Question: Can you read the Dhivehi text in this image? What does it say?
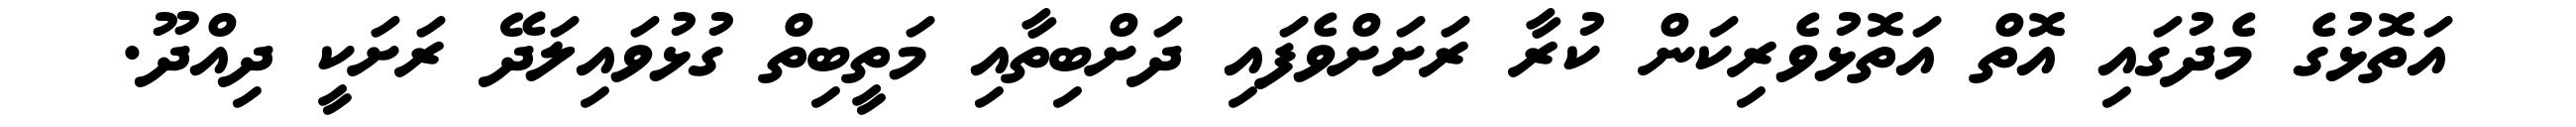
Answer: އަތޮޅުގެ މެދުގައި އޮތް އަތޮޅުވެރިކަން ކުރާ ރަށަށްވެފައި ދަށްބިތާއި މަތީބިތް ގުޅުވައިލަދޭ ރަށަކީ ދިއްދޫ.